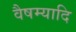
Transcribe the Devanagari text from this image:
वैषम्यादि